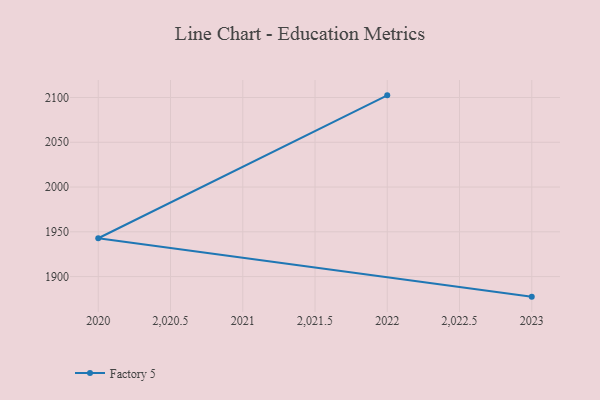
{"axis": {"x": "Year", "y": "Page Views"}, "legend": ["Factory 5"], "data": [{"x": "2023", "y": 1877.6, "type": "Factory 5"}, {"x": "2020", "y": 1942.8, "type": "Factory 5"}, {"x": "2022", "y": 2102.4, "type": "Factory 5"}]}